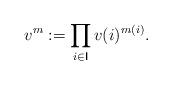
LaTeX: \begin{align*}v^m := \prod_{i\in\mathsf{I}} v(i)^{m(i)}.\end{align*}